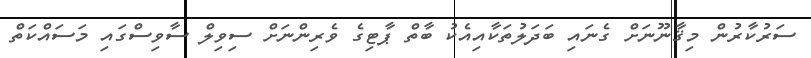
ސަރުކާރުން މިޤާނޫނަށް ގެނައި ބަދަލުތަކާއިއެކު ބާތް ޕާޓިގެ ވެރިންނަށް ސިވިލް ސާވިސްގައި މަސައްކަތް